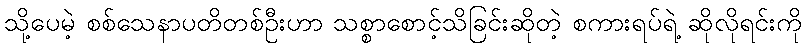
သို့ပေမဲ့ စစ်သေနာပတိတစ်ဦးဟာ သစ္စာစောင့်သိခြင်းဆိုတဲ့ စကားရပ်ရဲ့ ဆိုလိုရင်းကို